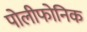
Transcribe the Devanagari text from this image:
पोलीफोनिक